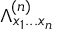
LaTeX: \Lambda _ { x _ { 1 } . . . x _ { n } } ^ { ( n ) }